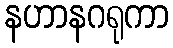
နဟာနဂရုကာ